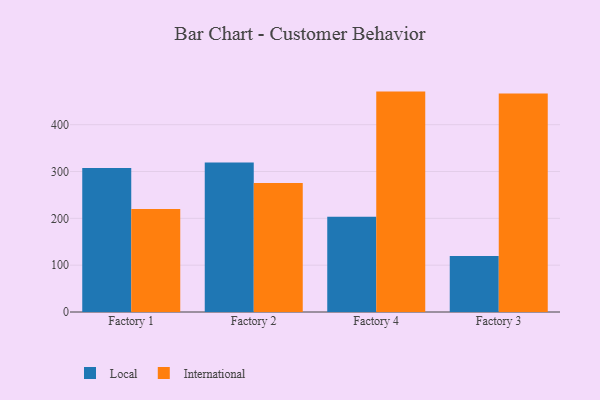
{"axis": {"x": "Factory", "y": "Gross Profit (USD K)"}, "legend": ["International", "Local"], "data": [{"x": "Factory 1", "y": 307.4, "type": "Local"}, {"x": "Factory 1", "y": 220.0, "type": "International"}, {"x": "Factory 2", "y": 319.5, "type": "Local"}, {"x": "Factory 2", "y": 275.6, "type": "International"}, {"x": "Factory 4", "y": 203.4, "type": "Local"}, {"x": "Factory 4", "y": 470.7, "type": "International"}, {"x": "Factory 3", "y": 119.4, "type": "Local"}, {"x": "Factory 3", "y": 466.6, "type": "International"}]}